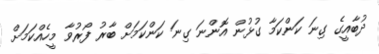
ދުބާއީގެ ގިނަ ކަންކަމާ ގުޅުން އޮންނަ ގިނަ ކަންކަމަށް ބާރު ފޯރުވާ މީހެއްކަމަށް